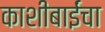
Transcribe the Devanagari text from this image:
काशीबाईंचा